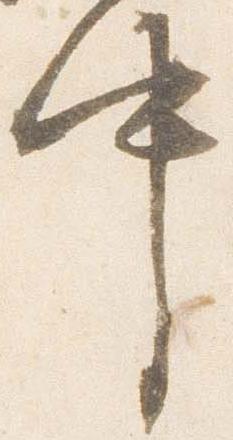
中